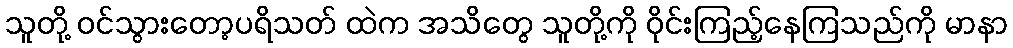
သူတို့ ဝင်သွားတော့ပရိသတ် ထဲက အသိတွေ သူတို့ကို ဝိုင်းကြည့်နေကြသည်ကို မာနာ